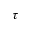
\tau